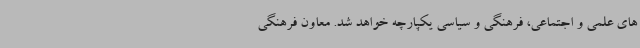
های علمی و اجتماعی، فرهنگی و سیاسی یکپارچه خواهد شد. معاون فرهنگی